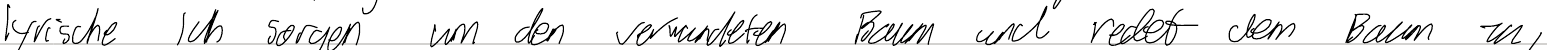
lyrische Ich sorgen um den verwundeten Baum und redet dem Baum zu,